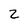
Character: Z